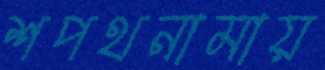
শপথনামায়